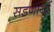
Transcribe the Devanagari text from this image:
सडणार्या